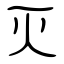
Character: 灭